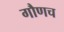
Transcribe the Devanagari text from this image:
गौणच